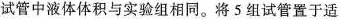
试管中液体体积与实验组相同。将5组试管置于适